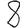
Digit: 8